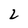
Character: 2